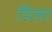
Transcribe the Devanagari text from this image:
मिसा